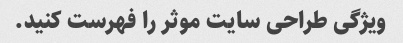
ویژگی طراحی سایت موثر را فهرست کنید.